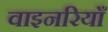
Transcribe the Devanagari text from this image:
वाइनरियाँ